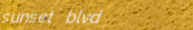
sunset blvd